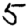
Digit: 5